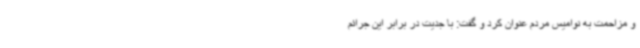
و مزاحمت به نوامیس مردم عنوان کرد و گفت: با جدیت در برابر این جرائم